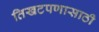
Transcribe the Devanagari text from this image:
तिखटपणासाठी